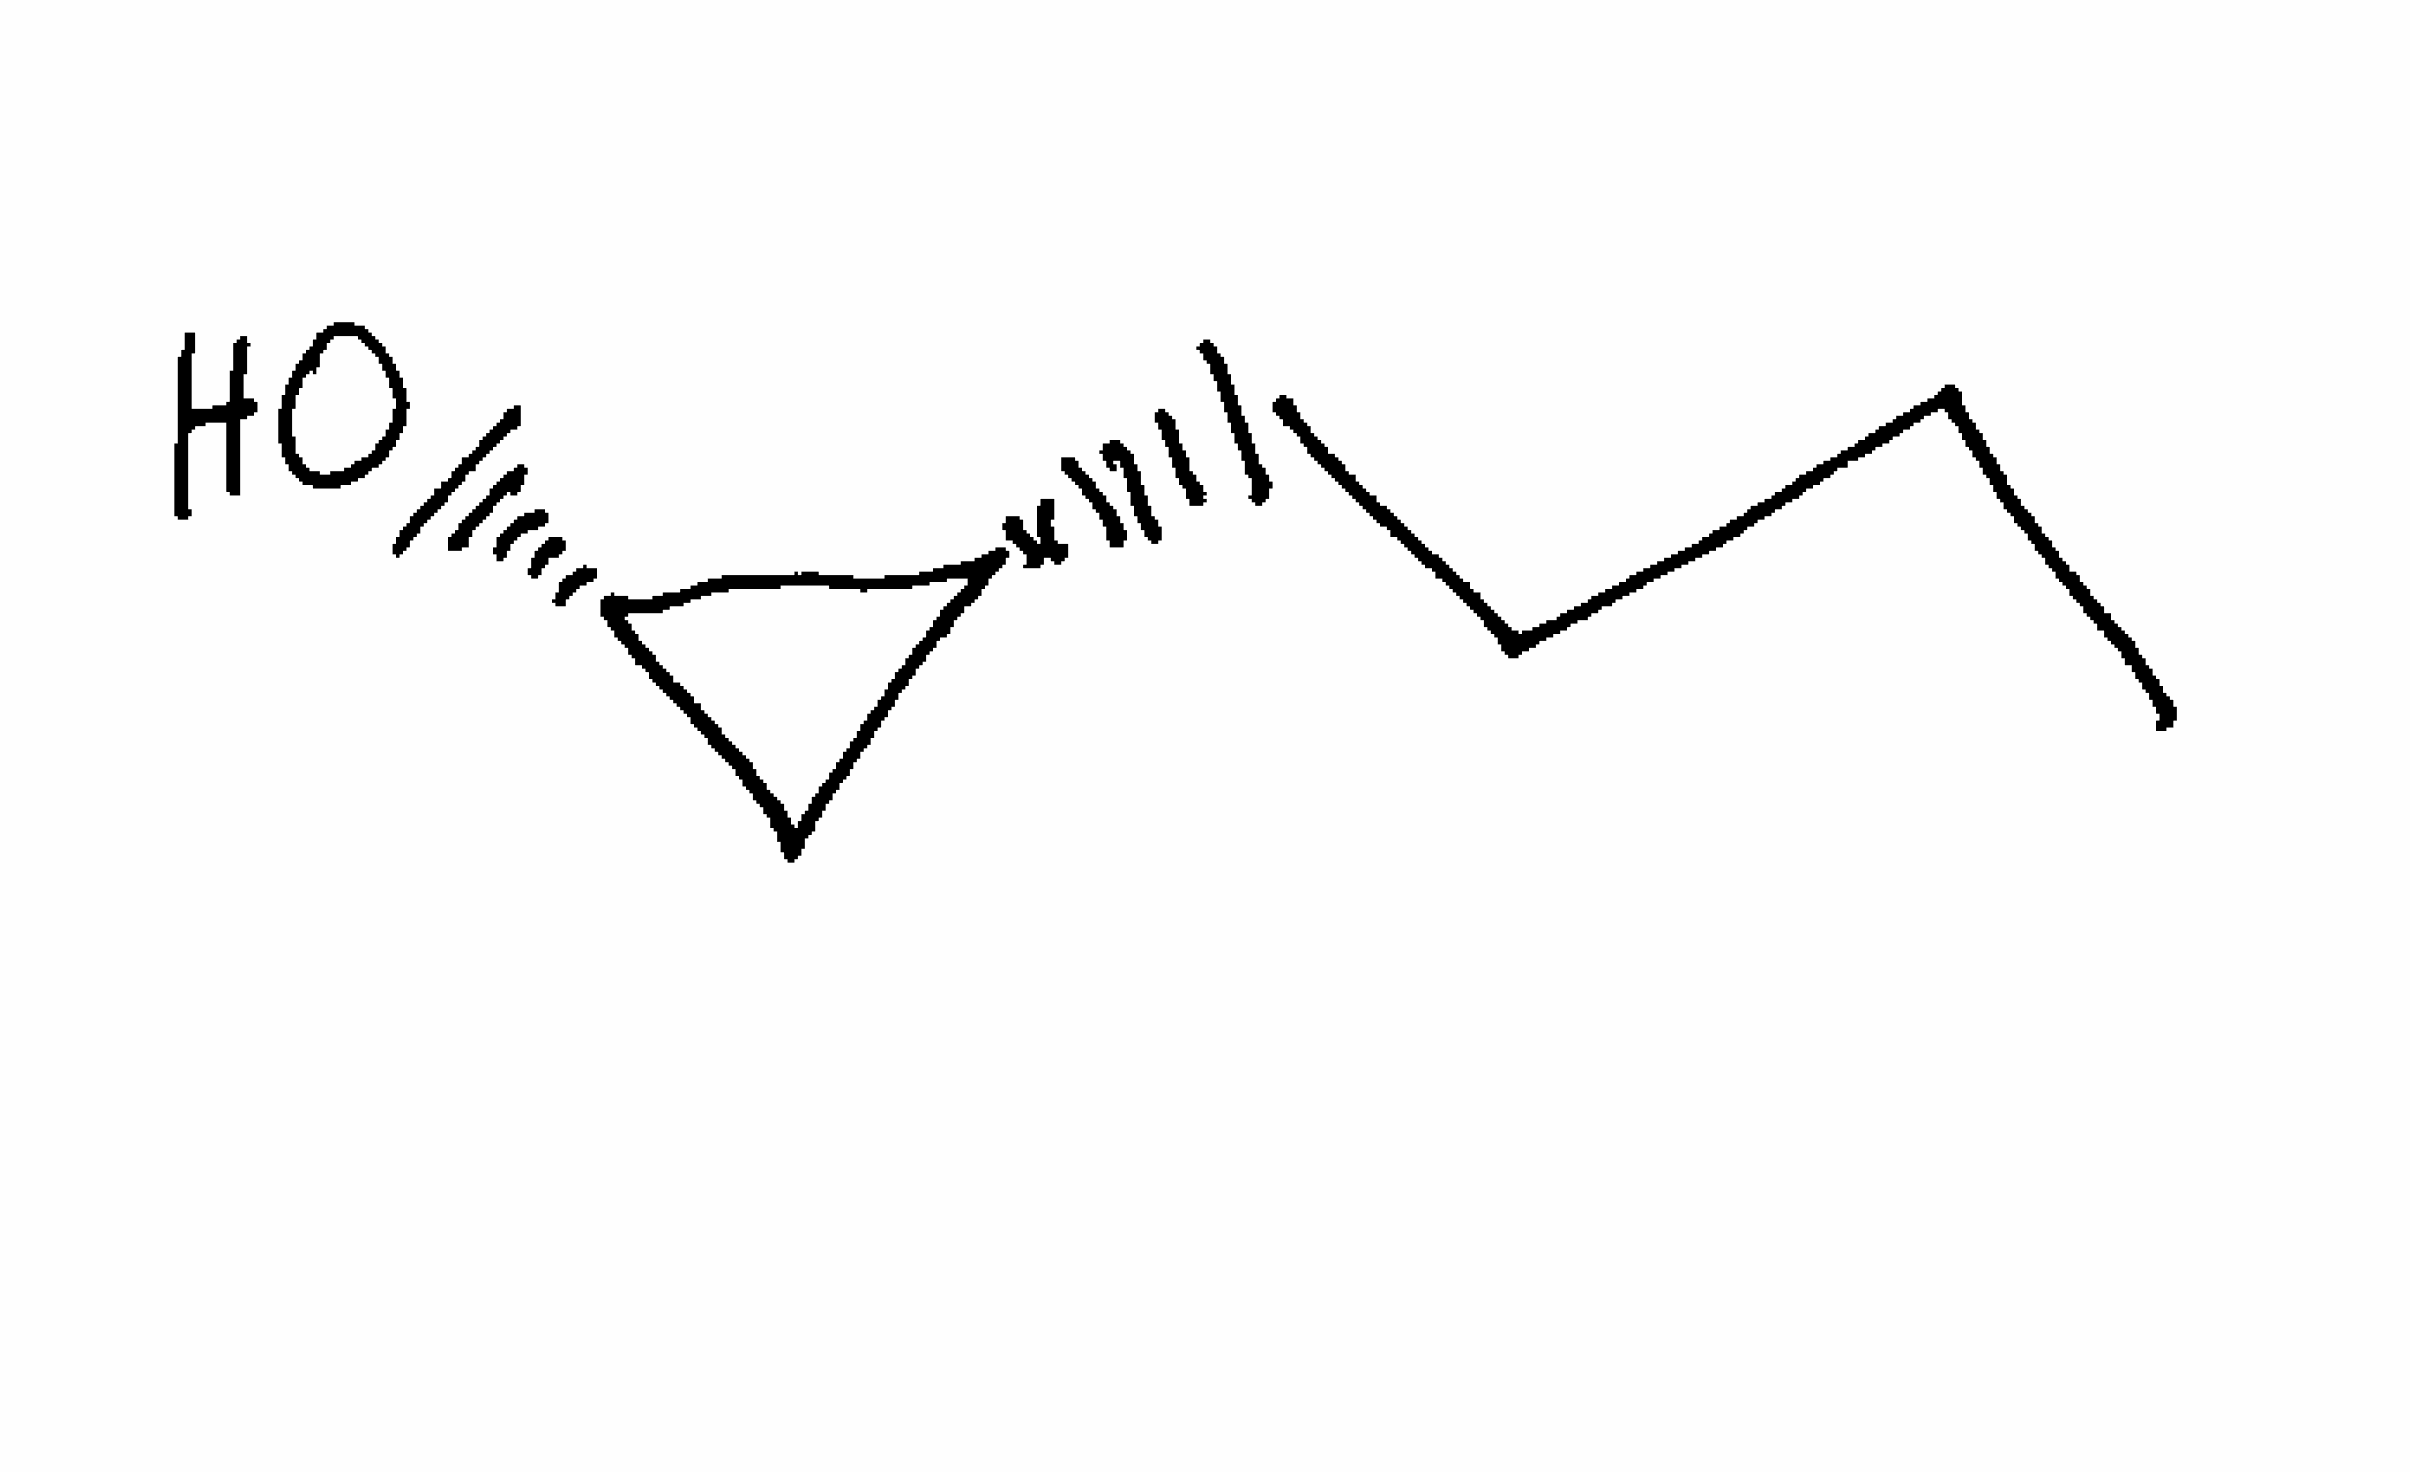
Simplified molecular-input line-entry system (SMILES) notation of the given molecule:
CCCC[C@@H]1C[C@@H]1O